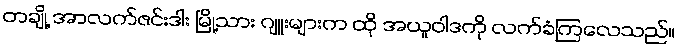
တချို့ အာလက်ဇင်းဒါး မြို့သား ဂျူးများက ထို အယူဝါဒကို လက်ခံကြလေသည်။